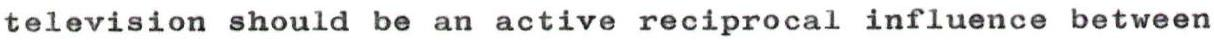
television should be an active reciprocal influence between